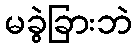
မခွဲခြားဘဲ